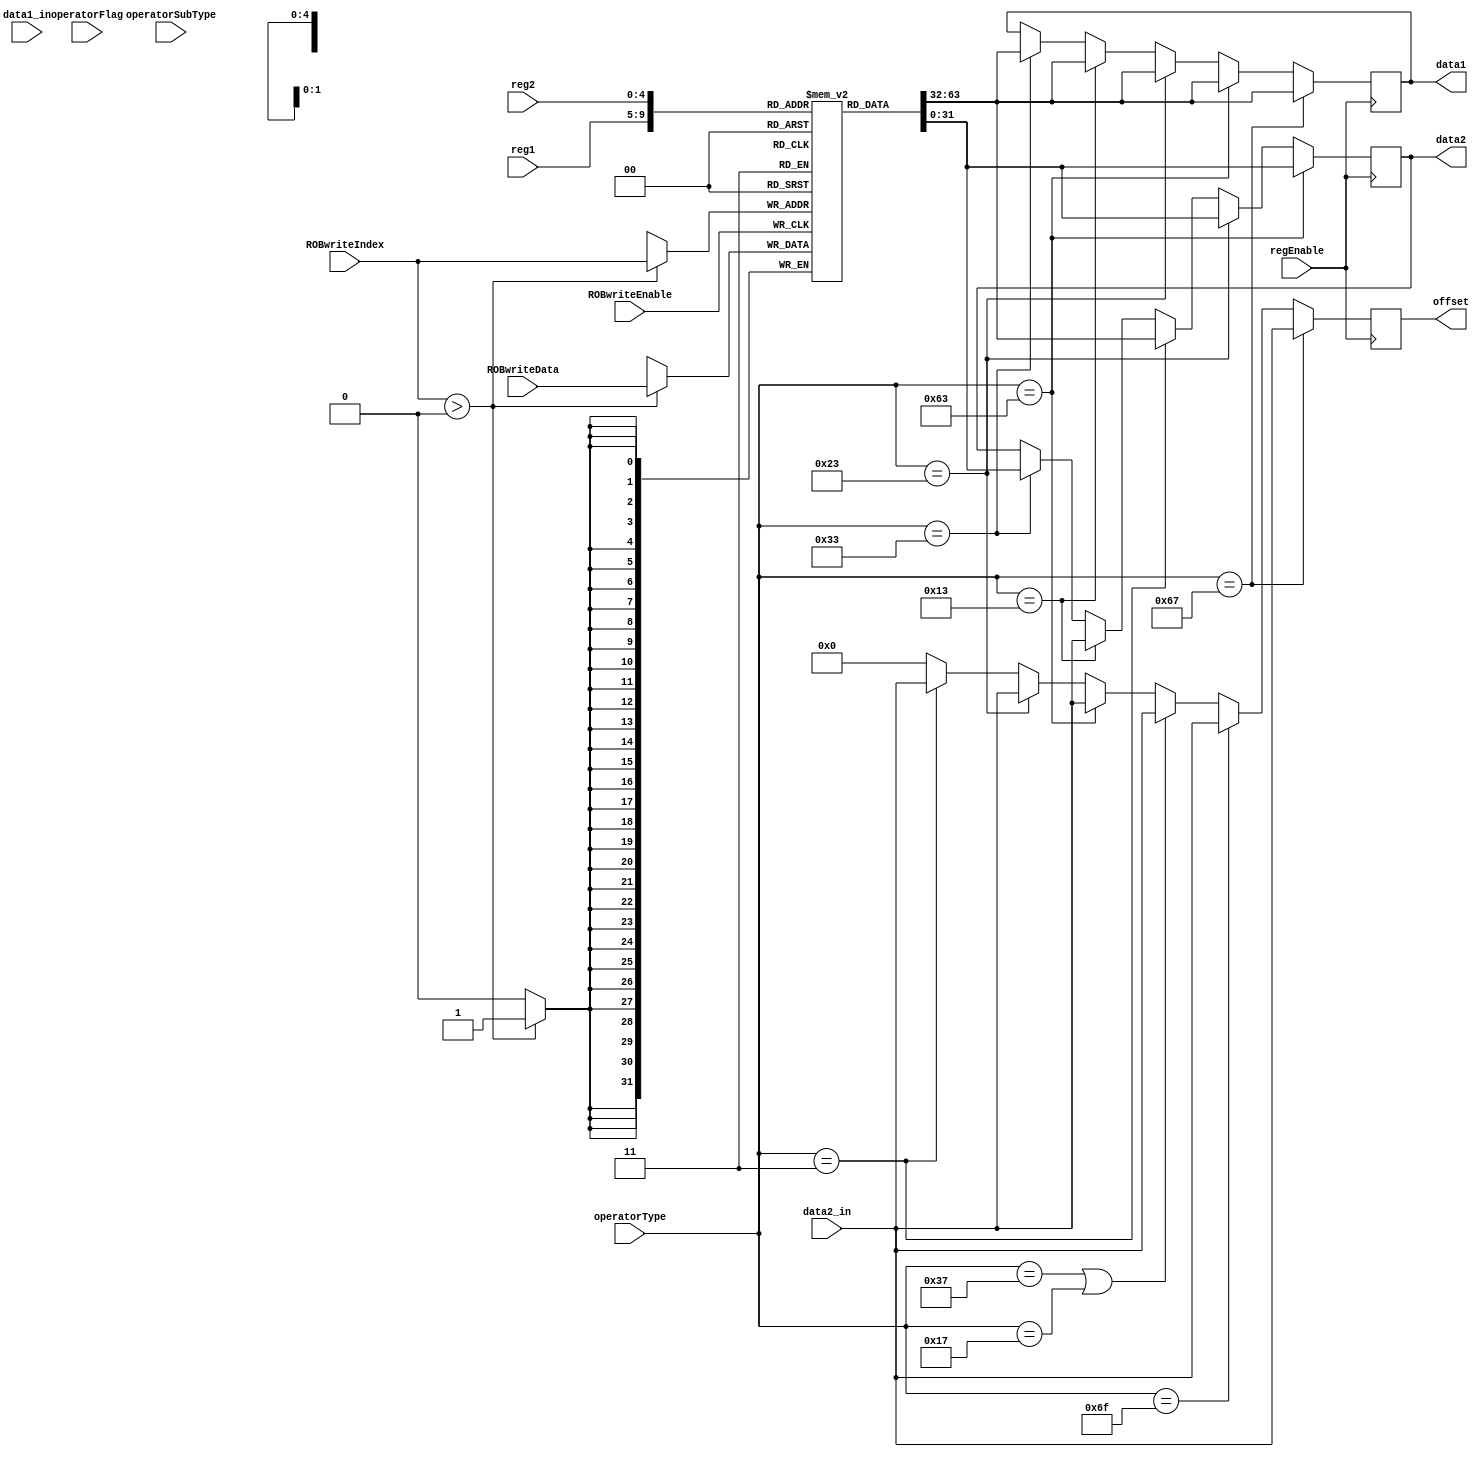
`timescale 10ps /100fs

module regfile (
	input wire[6:0] operatorType,
	input wire[2:0] operatorSubType,
	input wire operatorFlag,

	input wire[4:0] reg1,
	input wire[4:0] reg2,
	input wire[31:0] data1_in,
	input wire[31:0] data2_in,

	input wire ROBwriteEnable,
	input wire[31:0] ROBwriteData,
	input wire[4:0] ROBwriteIndex,

	output reg[31:0] data1,
	output reg[31:0] data2,
	output reg[31:0] offset,

	input wire regEnable
);

parameter CalcImmOp = 7'b0010011;
parameter CalcOp = 7'b0110011;
parameter LuiOp = 7'b0110111;
parameter AiopcOp = 7'b0010111;
parameter JalOp = 7'b1101111;
parameter JalROp = 7'b1100111;
parameter BneOp = 7'b1100011;
parameter LoadOp = 7'b0000011;
parameter StoreOp = 7'b0100011;
parameter FenceOp = 7'b0001111;
parameter JALOp = 7'b1101111;
parameter JALROp = 7'b1100111;
parameter LUIOp = 7'b0110111;
parameter AUIPCOp = 7'b0010111;

reg[31:0] mem[0:31];

integer i;

initial begin
	for (i = 0; i < 32; i = i + 1) begin
		mem[i] = {32{1'b0}};
	end
end

always @(posedge regEnable) begin
	offset = 0;
	if (operatorType == CalcOp) begin
		data1 = mem[reg1];
		data2 = mem[reg2];
	end
	if (operatorType == CalcImmOp) begin
		data1 = mem[reg1];
		data2 = data2_in;
	end
	if (operatorType == LoadOp) begin
		data2 = mem[reg1];
		offset = data2_in;	
	end
	if (operatorType == StoreOp) begin
		data1 = mem[reg1];
		data2 = mem[reg2];
		offset = data2_in;
	end
	if (operatorType == BneOp) begin
		data1 = mem[reg1];
		data2 = mem[reg2];
		offset = data2_in;
	end
	if (operatorType == LUIOp || operatorType == AUIPCOp) begin
		offset = data2_in;
	end
	if (operatorType == JALOp) begin
		offset = data2_in;	
	end
	if (operatorType == JALROp) begin
		data1 = mem[reg1];
		offset = data2_in;
	end
end

always @(posedge ROBwriteEnable) begin
	//$display("ROB -> regfile:Index %d", ROBwriteIndex);
	//$display("ROB -> regfile:Data %d", ROBwriteData);
	if (ROBwriteIndex > 0) mem[ROBwriteIndex] = ROBwriteData;
	/*offset = 0;
	if (operatorType == CalcImmOp) begin
		data1 = mem[reg1];
		data2 = data2_in;
	end
	if (operatorType == CalcOp) begin
		data1 = mem[reg1];
		data2 = mem[reg2];
	end
	if (operatorType == StoreOp) begin
		data1 = mem[reg1];
		data2 = mem[reg2];
		offset = data2_in;
	end
	if (operatorType == BneOp) begin
		data1 = mem[reg1];
		data2 = mem[reg2];
		offset = data2_in;
	end
	if (operatorType == LUIOp || operatorType == AUIPCOp) begin
		data1 = data1_in;
		data2 = data2_in;
	end*/
end

endmodule